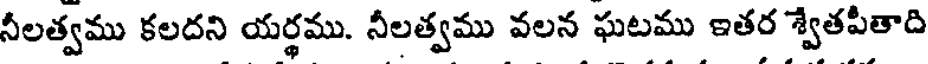
నీలత్వము కలదని యర్థము. నీలత్వము వలన ఘటము ఇతర శ్వేతపీతాది